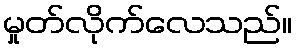
မှုတ်လိုက်လေသည်။